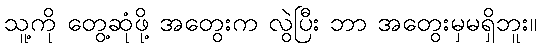
သူ့ကို တွေ့ဆုံဖို့ အတွေးက လွဲပြီး ဘာ အတွေးမှမရှိဘူး။